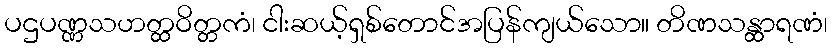
ပဌပဏ္ဏသဟတ္ထဝိတ္တကံ၊ ငါးဆယ့်ရှစ်တောင်အပြန်ကျယ်သော။ တိဏသန္ထာရဏံ၊